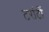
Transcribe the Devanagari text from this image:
टरांटों